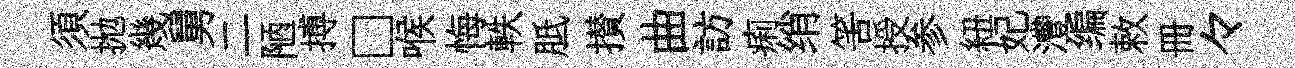
須拋幾舅二陋搏□喉悔軼胝攅曲訪痢绡筈授参紐妃灃编敕册々